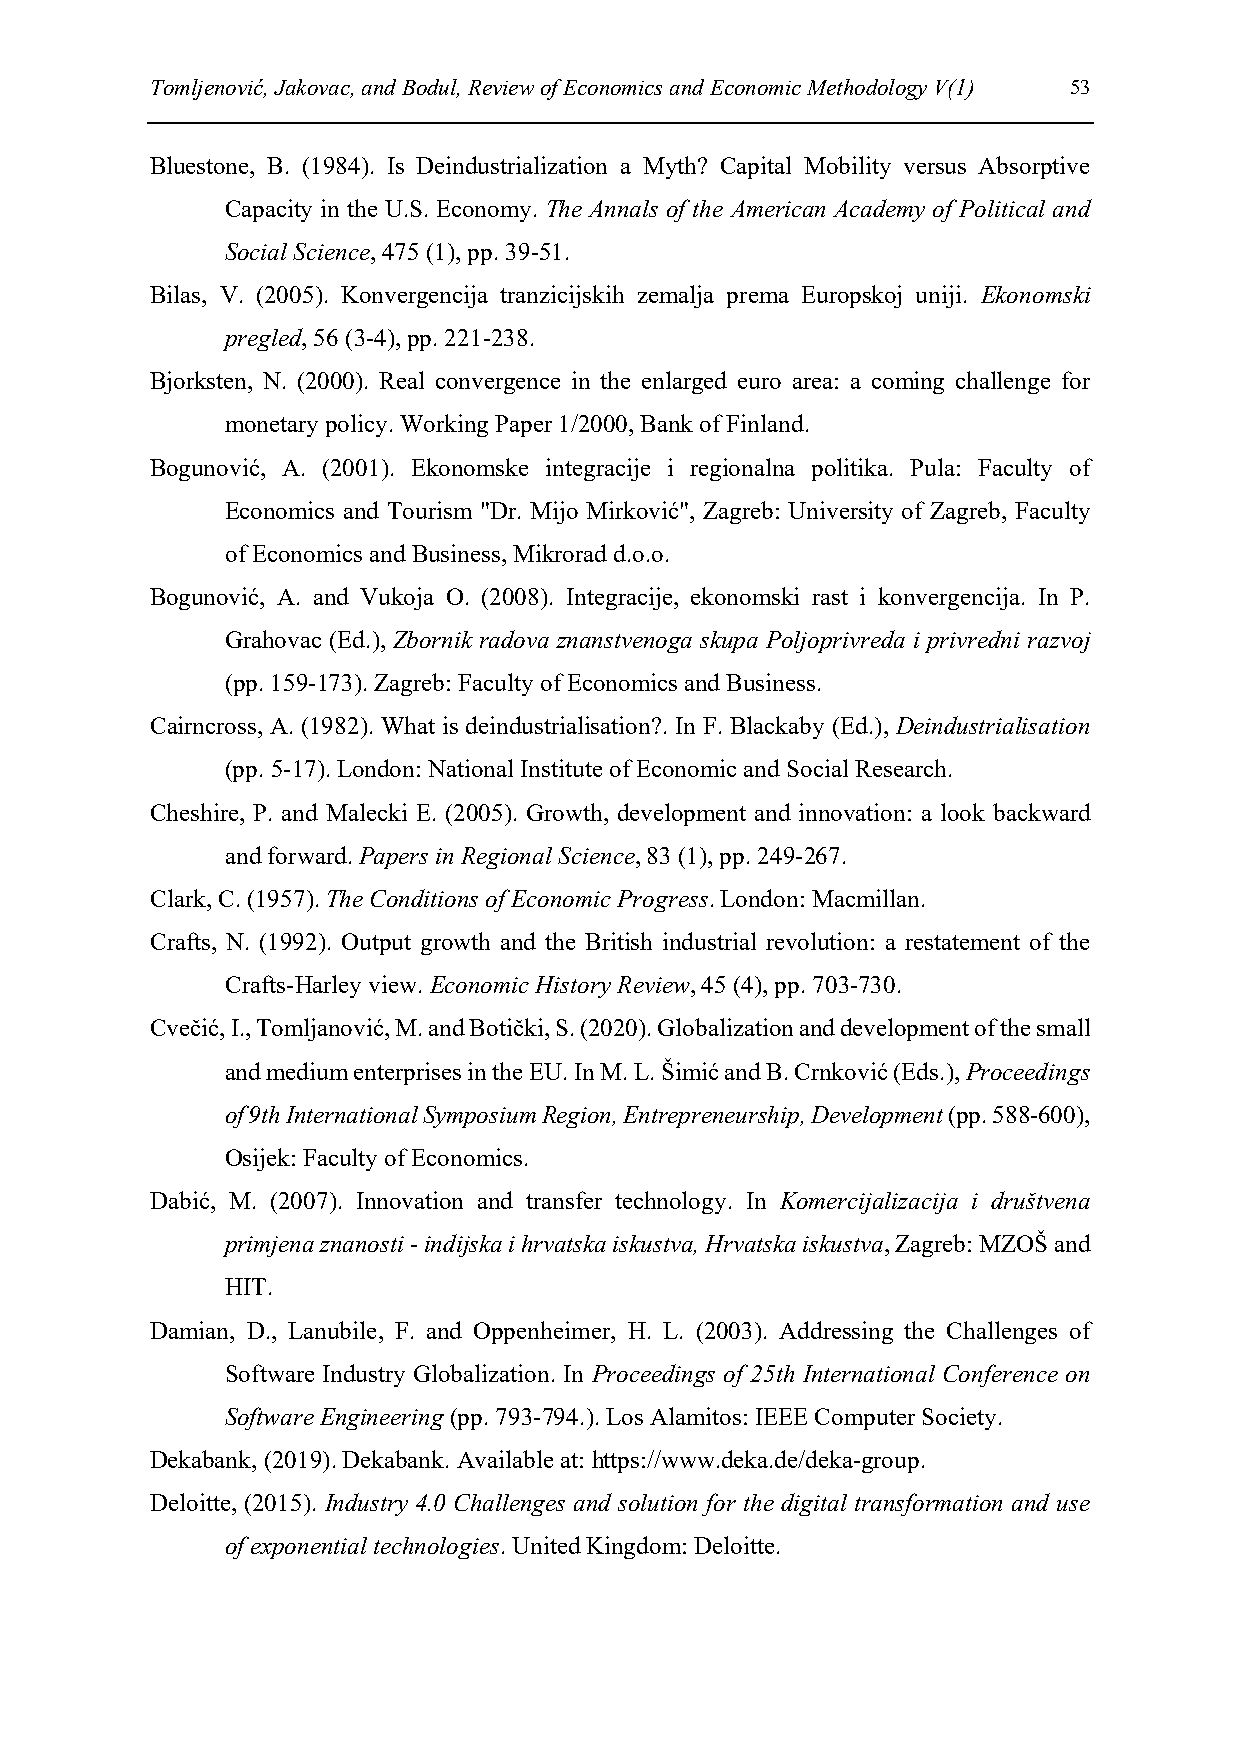
Tomljenović, Jakovac, and Bodul, Review of Economics and Economic Methodology V(1) 53
 Bluestone, B. (1984). Is Deindustrialization a Myth? Capital Mobility versus Absorptive
 Capacity in the U.S. Economy. The Annals of the American Academy of Political and
 Social Science, 475 (1), pp. 39-51.
 Bilas, V. (2005). Konvergencija tranzicijskih zemalja prema Europskoj uniji. Ekonomski
 pregled, 56 (3-4), pp. 221-238.
 Bjorksten, N. (2000). Real convergence in the enlarged euro area: a coming challenge for
 monetary policy. Working Paper 1/2000, Bank of Finland.
 Bogunović, A. (2001). Ekonomske integracije i regionalna politika. Pula: Faculty of
 Economics and Tourism "Dr. Mijo Mirković", Zagreb: University of Zagreb, Faculty
 of Economics and Business, Mikrorad d.o.o.
 Bogunović, A. and Vukoja O. (2008). Integracije, ekonomski rast i konvergencija. In P.
 Grahovac (Ed.), Zbornik radova znanstvenoga skupa Poljoprivreda i privredni razvoj
 (pp. 159-173). Zagreb: Faculty of Economics and Business.
 Cairncross, A. (1982). What is deindustrialisation?. In F. Blackaby (Ed.), Deindustrialisation
 (pp. 5-17). London: National Institute of Economic and Social Research.
 Cheshire, P. and Malecki E. (2005). Growth, development and innovation: a look backward
 and forward. Papers in Regional Science, 83 (1), pp. 249-267.
 Clark, C. (1957). The Conditions of Economic Progress. London: Macmillan.
 Crafts, N. (1992). Output growth and the British industrial revolution: a restatement of the
 Crafts-Harley view. Economic History Review, 45 (4), pp. 703-730.
 Cvečić, I., Tomljanović, M. and Botički, S. (2020). Globalization and development of the small
 and medium enterprises in the EU. In M. L. Šimić and B. Crnković (Eds.), Proceedings
 of 9th International Symposium Region, Entrepreneurship, Development (pp. 588-600),
 Osijek: Faculty of Economics.
 Dabić, M. (2007). Innovation and transfer technology. In Komercijalizacija i društvena
 primjena znanosti - indijska i hrvatska iskustva, Hrvatska iskustva, Zagreb: MZOŠ and
 HIT.
 Damian, D., Lanubile, F. and Oppenheimer, H. L. (2003). Addressing the Challenges of
 Software Industry Globalization. In Proceedings of 25th International Conference on
 Software Engineering (pp. 793-794.). Los Alamitos: IEEE Computer Society.
 Dekabank, (2019). Dekabank. Available at: https://www.deka.de/deka-group.
 Deloitte, (2015). Industry 4.0 Challenges and solution for the digital transformation and use
 of exponential technologies. United Kingdom: Deloitte.